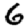
Digit: 6